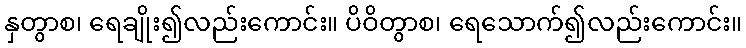
နှတွာစ၊ ရေချိုး၍လည်းကောင်း။ ပိဝိတွာစ၊ ရေသောက်၍လည်းကောင်း။